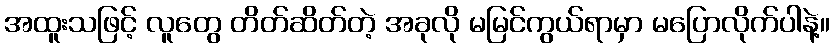
အထူးသဖြင့် လူတွေ တိတ်ဆိတ်တဲ့ အခုလို မမြင်ကွယ်ရာမှာ မပြောလိုက်ပါနဲ့။